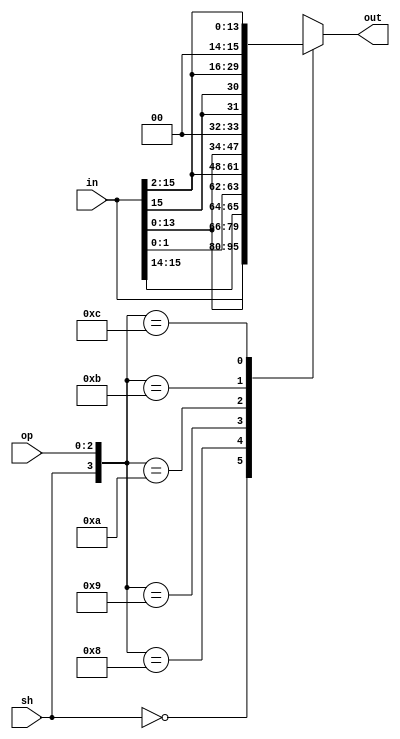
module shifter_2(in, op, sh, out);
	input [15:0] in;
	input [2:0] op;
	input sh;
	output reg [15:0] out;

	always @(*) begin
		casex({sh, op})
		4'b0_xxx:
			//no shift assign out to in
			out = in;
		4'b1_000:
			out = {in[13:0], in[15:14]};
		4'b1_001:
			out = {in[1:0], in[15:2]};
		4'b1_010:
			out = {in[13:0], 2'b0};
		4'b1_011:
			out = {{2{in[15]}}, in[15:2]};
		4'b1_100:
			out = {2'b0, in[15:2]};
		default:
			out = 16'hXXXX;
		endcase
	end
endmodule